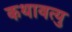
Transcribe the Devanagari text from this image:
कथावत्यु